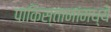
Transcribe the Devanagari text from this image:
पाकिस्तानांमध्ये